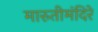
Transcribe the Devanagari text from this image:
मारुतीमंदिरे